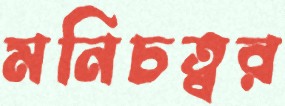
মনিচত্বর